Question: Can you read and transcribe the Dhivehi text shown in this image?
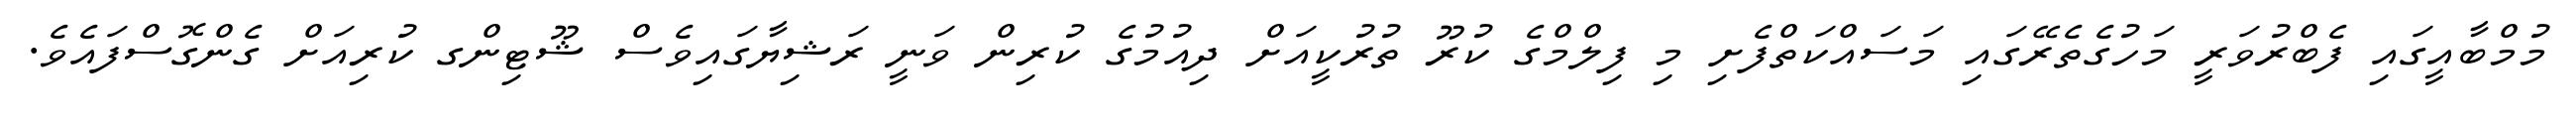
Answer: މުމްބާއީގައި ފެބްރުވަރީ މަހުގެތެރޭގައި މަސައްކަތްފެށި މި ފިލްމްގެ ކުރޫ ތުރުކީއަށް ދިއުމުގެ ކުރިން ވަނީ ރަޝިޔާގައިވެސް ޝޫޓިންގ ކުރިއަށް ގެންގޮސްފައެވެ.